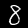
Digit: 8